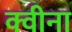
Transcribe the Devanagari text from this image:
क्वीना